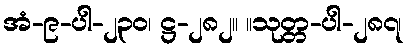
အံ-၉-ပါ-၂၃၀၊ ဋ္ဌ-၂၈၂။ ။သုတ္တ-ပါ-၂၈၇၊